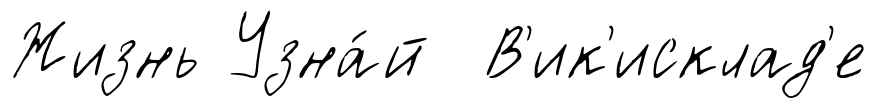
Жизнь Узна́й В'ик'исклад'е